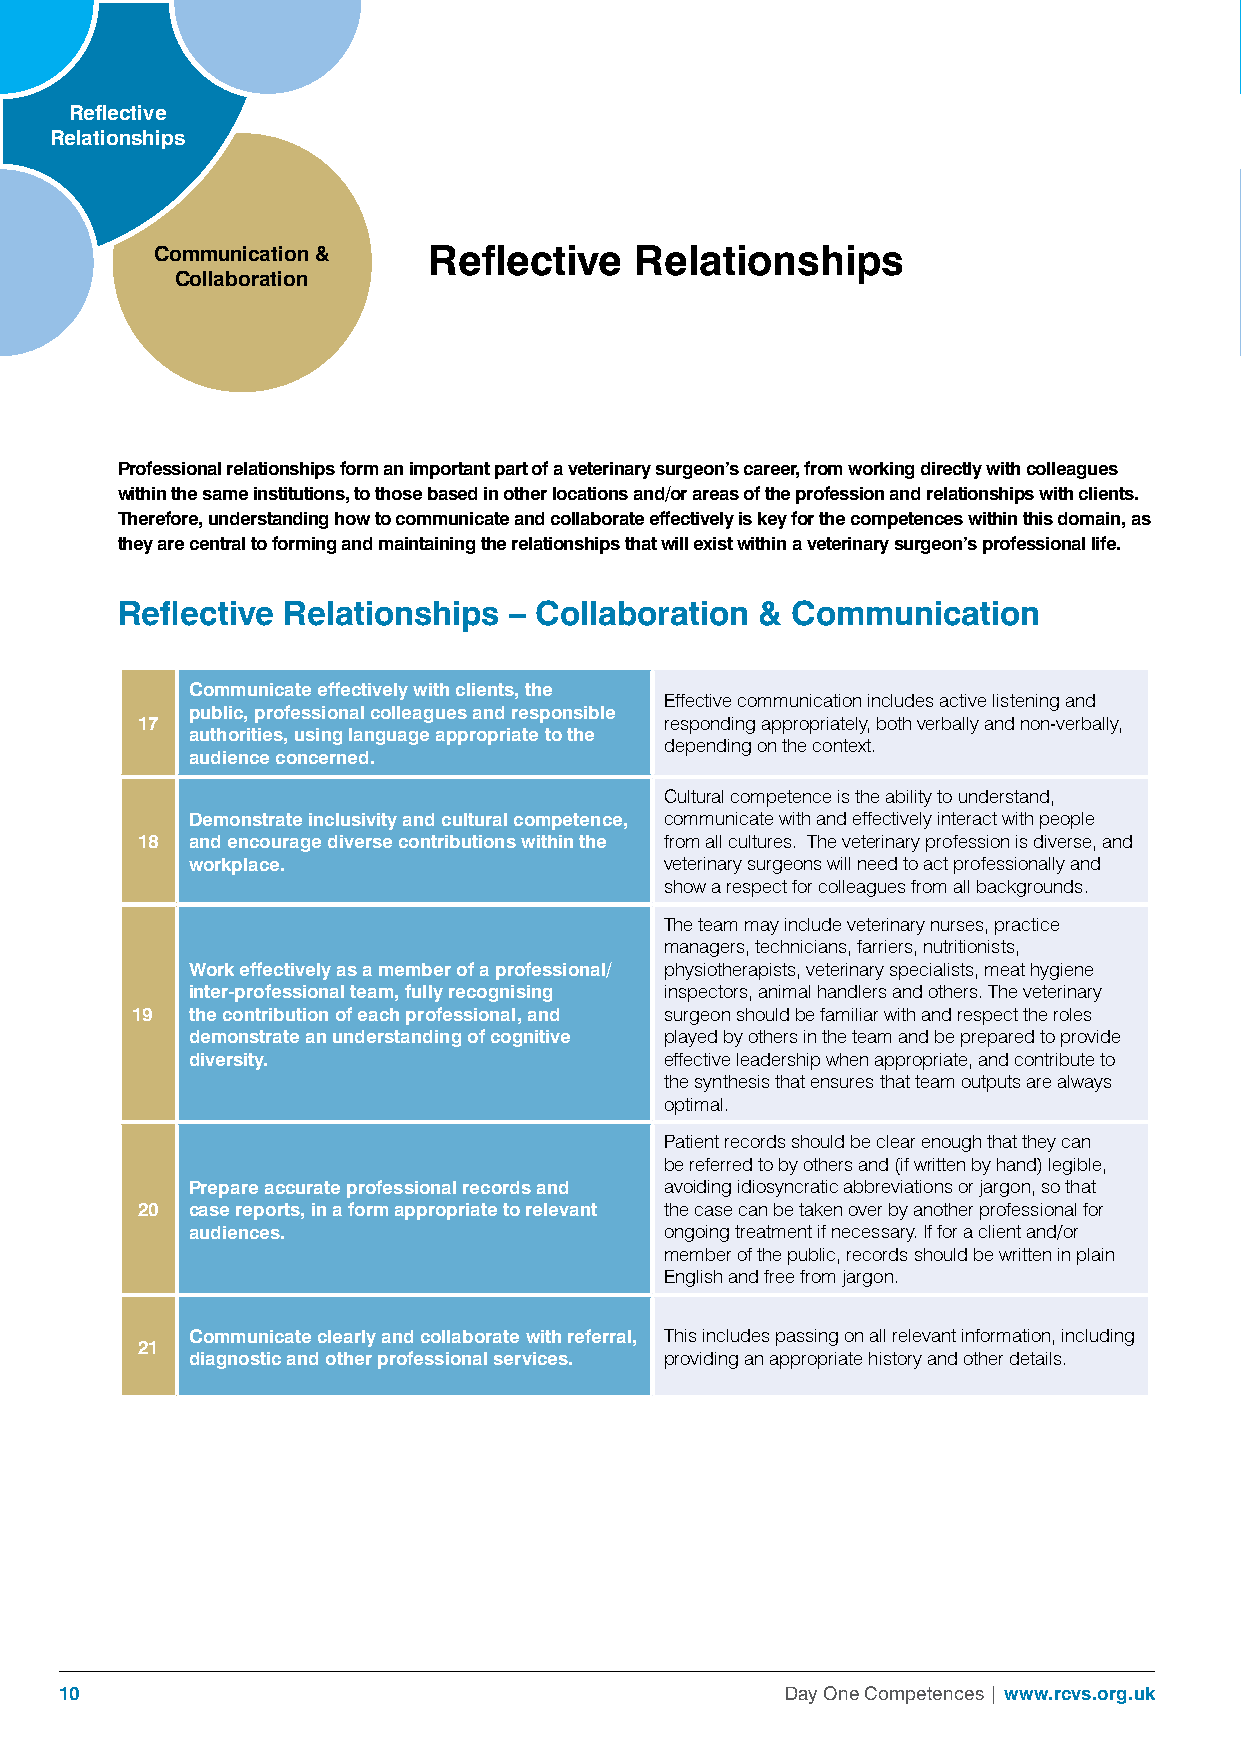
Reflective
 Relationships
 Communication &   Reflective    Relationships
 Collaboration
 Professional relationships form an important part of a veterinary surgeon’s career, from working directly with colleagues
 within the same institutions, to those based in other locations and/or areas of the profession and relationships with clients.
 Therefore, understanding how to communicate and collaborate effectively is key for the competences within this domain, as
 they are central to forming and maintaining the relationships that will exist within a veterinary surgeon’s professional life.
 Reflective Relationships  – Collaboration & Communication
 Communicate effectively with clients, the
 Effective communication includes active listening and
 public, professional colleagues and responsible
 17                                 responding appropriately, both verbally and non-verbally,
 authorities, using language appropriate to the
 depending on the context.
 audience concerned.
 Cultural competence is the ability to understand,
 Demonstrate inclusivity and cultural competence, communicate with and effectively interact with people
 18 and encourage diverse contributions within the from all cultures. The veterinary profession is diverse, and
 workplace.                      veterinary surgeons will need to act professionally and
 show a respect for colleagues from all backgrounds.
 The team may include veterinary nurses, practice
 managers, technicians, farriers, nutritionists,
 Work effectively as a member of a professional/ physiotherapists, veterinary specialists, meat hygiene
 inter-professional team, fully recognising inspectors, animal handlers and others. The veterinary
 19 the contribution of each professional, and surgeon should be familiar with and respect the roles
 demonstrate an understanding of cognitive played by others in the team and be prepared to provide
 diversity.                      effective leadership when appropriate, and contribute to
 the synthesis that ensures that team outputs are always
 optimal.
 Patient records should be clear enough that they can
 be referred to by others and (if written by hand) legible,
 Prepare accurate professional records and avoiding idiosyncratic abbreviations or jargon, so that
 20 case reports, in a form appropriate to relevant the case can be taken over by another professional for
 audiences.                      ongoing treatment if necessary. If for a client and/or
 member of the public, records should be written in plain
 English and free from jargon.
 Communicate clearly and collaborate with referral, This includes passing on all relevant information, including
 21
 diagnostic and other professional services. providing an appropriate history and other details.
 10                                              Day One Competences | www.rcvs.org.uk